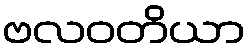
ဗလဝတိယာ